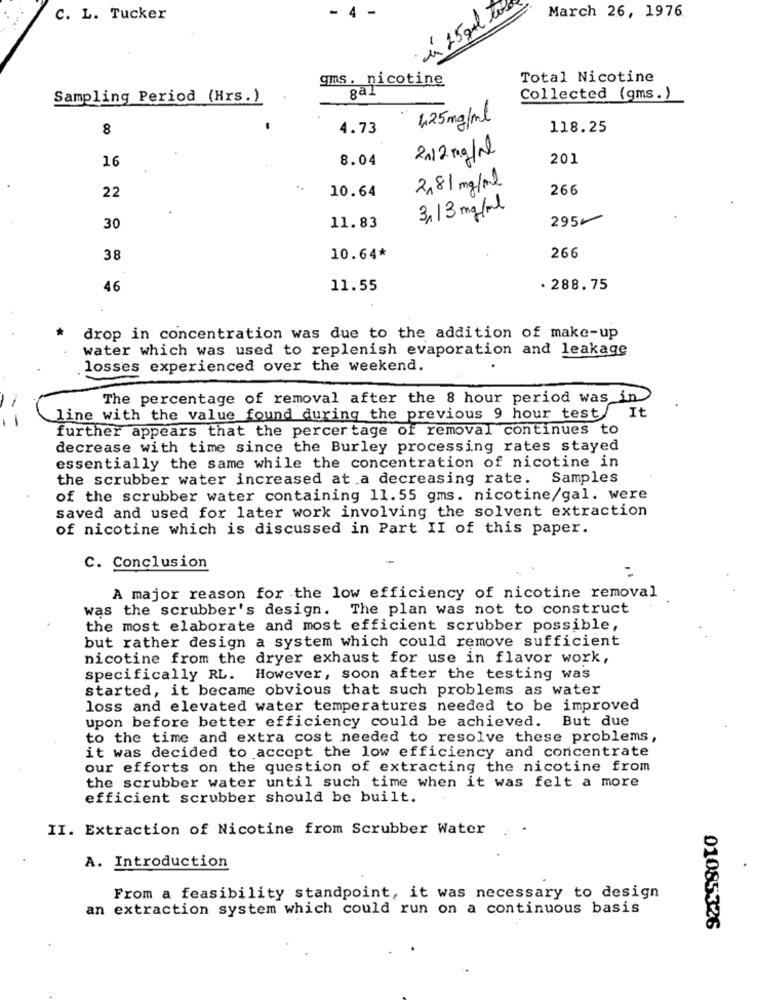
- 4
C. L. Tucker
à 25 gol .
March 26, 1976.
gms. nicotine
Total Nicotine
Sampling Period (Hrs.)
gal
Collected (gms.)
1,25 mg/ml
8
4.73
118.25
2112 mg/ml
16
8.04
201
2,81 mg/ml
266
22
10.64
3,13 mg/ml
2954
30
11.83
266
38
10.64*
46
11.55
. 288.75
*
drop in concentration was due to the addition of make-up
water which was used to replenish evaporation and leakage
losses experienced over the weekend.
The percentage of removal after the 8 hour period was in
line with the value found during the previous 9 hour test/
It
further appears that the percer tage of removal continues to
decrease with time since the Burley processing rates stayed
essentially the same while the concentration of nicotine in
the scrubber water increased at a decreasing rate. Samples
of the scrubber water containing 11.55 gms. nicotine/gal. were
saved and used for later work involving the solvent extraction
of nicotine which is discussed in Part II of this paper.
C. Conclusion
A major reason for the low efficiency of nicotine removal
was the scrubber's design. The plan was not to construct
the most elaborate and most efficient scrubber possible,
but rather design a system which could remove sufficient
nicotine from the dryer exhaust for use in flavor work,
specifically RL. However, soon after the testing was
started, it became obvious that such problems as water
loss and elevated water temperatures needed to be improved
upon before better efficiency could be achieved. But due
to the time and extra cost needed to resolve these problems,
it was decided to accept the low efficiency and concentrate
our efforts on the question of extracting the nicotine from
the scrubber water until such time when it was felt a more
efficient scrubber should be built.
II. Extraction of Nicotine from Scrubber Water
A. Introduction
From a feasibility standpoint, it was necessary to design
an extraction system which could run on a continuous basis
01085326